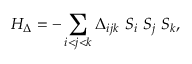
H _ { \Delta } = - \sum _ { i < j < k } \Delta _ { i j k } \ S _ { i } \ S _ { j } \ S _ { k } ,